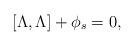
LaTeX: \begin{gather*}[\Lambda, \Lambda] + \phi_s = 0, \end{gather*}